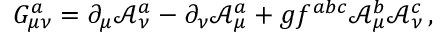
G _ { \mu \nu } ^ { a } = \partial _ { \mu } { \mathcal { A } } _ { \nu } ^ { a } - \partial _ { \nu } { \mathcal { A } } _ { \mu } ^ { a } + g f ^ { a b c } { \mathcal { A } } _ { \mu } ^ { b } { \mathcal { A } } _ { \nu } ^ { c } \, ,